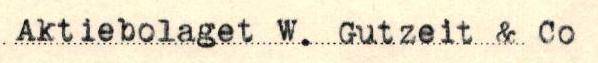
Aktiebolaget W. Gutzeit & Co